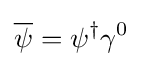
{\overline {\psi }}=\psi ^{\dagger }\gamma ^{0}